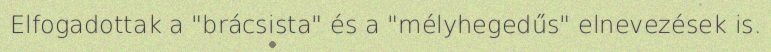
Elfogadottak a "brácsista" és a "mélyhegedűs" elnevezések is.